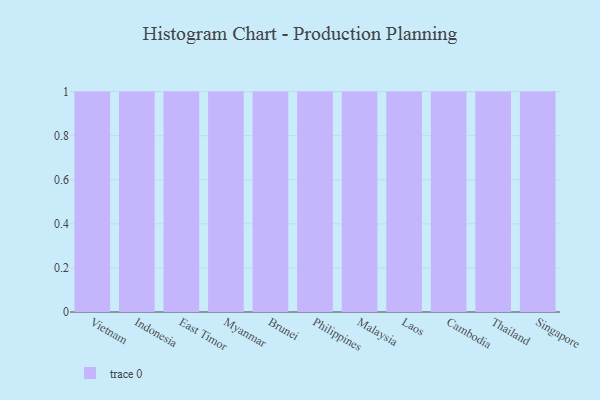
{"axis": {"x": "Country", "y": "Population (Million)"}, "legend": [""], "data": [{"x": "Vietnam", "y": 60, "type": ""}, {"x": "Indonesia", "y": 70, "type": ""}, {"x": "East Timor", "y": 39, "type": ""}, {"x": "Myanmar", "y": 55, "type": ""}, {"x": "Brunei", "y": 48, "type": ""}, {"x": "Philippines", "y": 18, "type": ""}, {"x": "Malaysia", "y": 95, "type": ""}, {"x": "Laos", "y": 43, "type": ""}, {"x": "Cambodia", "y": 54, "type": ""}, {"x": "Thailand", "y": 89, "type": ""}, {"x": "Singapore", "y": 59, "type": ""}]}